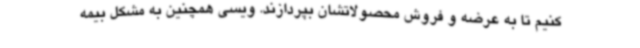
کنیم تا به عرضه و فروش محصولاتشان بپردازند. ویسی همچنین به مشکل بیمه